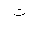
Letter: _ta